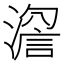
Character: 𱨵